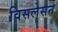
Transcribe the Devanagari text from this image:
विसलेसन